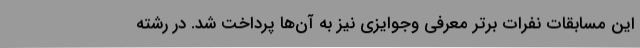
این مسابقات نفرات برتر معرفی وجوایزی نیز به آن‌ها پرداخت شد. در رشته